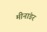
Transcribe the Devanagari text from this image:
मीनांडर